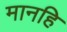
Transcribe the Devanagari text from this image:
मानहि